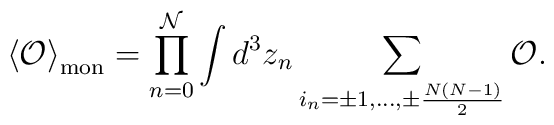
\left<{\cal O}\right>_{\rm mon}=\prod\limits_{n=0}^{\cal N}\int d^3z_n\sum\limits_{i_n=\pm 1,\ldots,\pm\frac{N(N-1)}{2}}^{}{\cal O}.